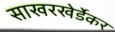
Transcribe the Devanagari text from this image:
साखरखेर्डेकर